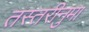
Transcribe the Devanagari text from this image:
तस्तरीनुमा